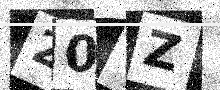
Text: 20VZ